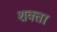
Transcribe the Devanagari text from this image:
शक्ता